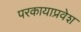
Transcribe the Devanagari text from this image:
परकायाप्रवेश